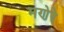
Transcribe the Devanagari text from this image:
मणेरे